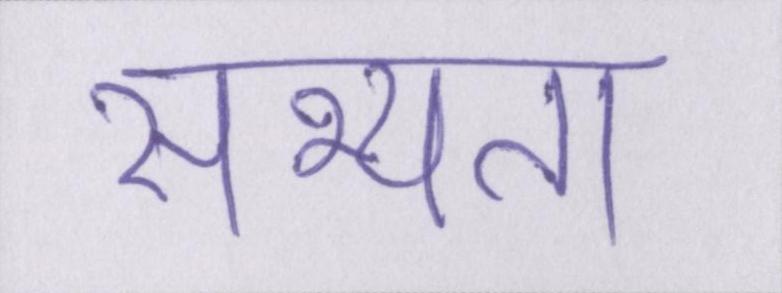
सभ्यता